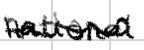
Text: national
Cross-out: wave
Writing tool: digital_black